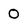
Character: O